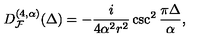
D _ { { \cal F } } ^ { ( 4 , \alpha ) } ( \Delta ) = - \frac { i } { 4 \alpha ^ { 2 } r ^ { 2 } } \csc ^ { 2 } \frac { \pi \Delta } { \alpha } ,